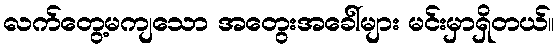
လက်တွေ့မကျသော အတွေးအခေါ်များ မင်းမှာရှိတယ်။